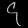
Digit: ၄